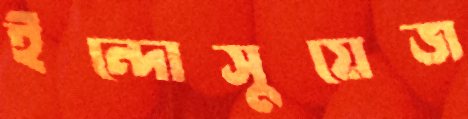
ইন্দোসুয়েজ